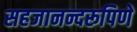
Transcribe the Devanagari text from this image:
सहजानन्दरूपिणे